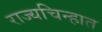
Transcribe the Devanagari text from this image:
राज्यचिन्हात